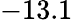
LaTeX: -13.1